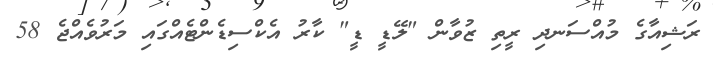
ރަޝިއާގެ މުއްސަނދި ރީތި ޒުވާން "ލޭޑީ ޑީ" ކާރު އެކްސިޑެންޓެއްގައި މަރުވެއްޖެ 58